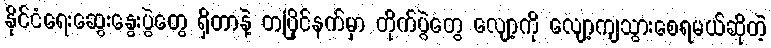
နိုင်ငံရေးဆွေးနွေးပွဲတွေ ရှိတာနဲ့ တပြိုင်နက်မှာ တိုက်ပွဲတွေ လျော့ကို လျော့ကျသွားစေရမယ်ဆိုတဲ့